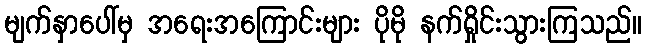
မျက်နှာပေါ်မှ အရေးအကြောင်းများ ပိုမို နက်ရှိုင်းသွားကြသည်။